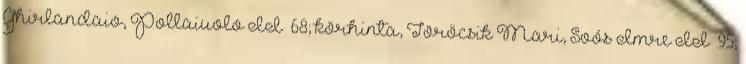
Ghirlandaio, Pollaiuolo II 68; körhinta, Törőcsik Mari, Soós Imre II 95;